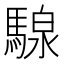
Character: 騡